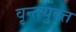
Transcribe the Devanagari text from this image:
वृन्तयुक्त